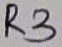
Text: R3